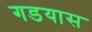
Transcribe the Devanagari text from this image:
गडयास